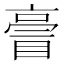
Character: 𠅿